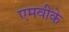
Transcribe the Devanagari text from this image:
एमवीके